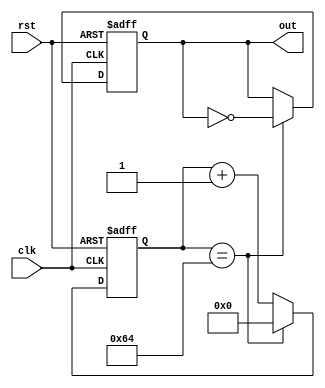
module Periodic_timer (
    input wire clk,
    input wire rst,
    output reg out
);

parameter START_VALUE = 0;
parameter END_VALUE = 100;
parameter CLOCK_FREQUENCY = 50; // in MHz

reg [7:0] counter;

always @(posedge clk or posedge rst) begin
    if (rst) begin
        counter <= START_VALUE;
        out <= 1'b0;
    end else begin
        if (counter == END_VALUE) begin
            counter <= START_VALUE;
            out <= ~out;
        end else begin
            counter <= counter + 1;
        end
    end
end

endmodule